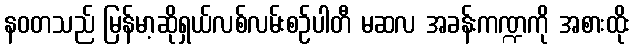
နဝတသည် မြန်မာ့ဆိုရှယ်လစ်လမ်းစဉ်ပါတီ မဆလ အခန်းကဏ္ဍကို အစားထိုး